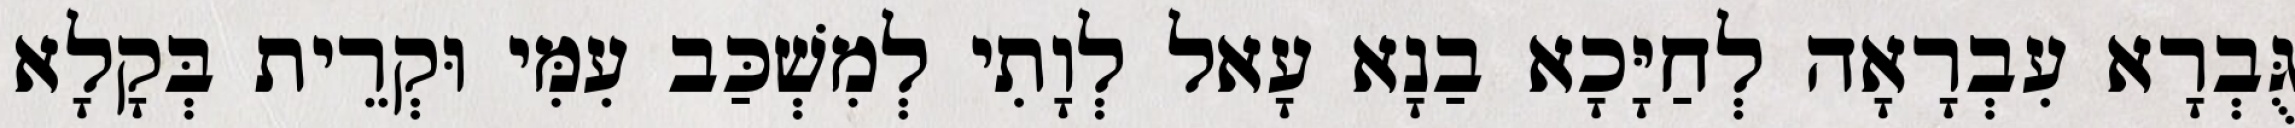
גֻּבְרָא עִבְרָאָה לְחַיָּכָא בַנָא עָאל לְוָתִי לְמִשְׁכַּב עִמִּי וּקְרֵית בְּקָלָא